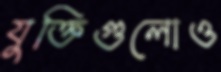
যুক্তিগুলোও